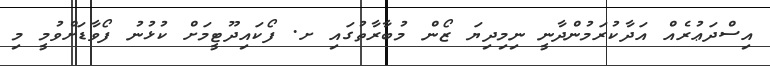
އިސްދަޢުރެއް އަދާކުރަމުންދާނީ ނިމިދިޔަ ޒޯން މުބާރާތުގައި ށ. ފޯކައިދޫޓީމަށް ކުޅުނު ފޯވާޑަށްވުމީ މި